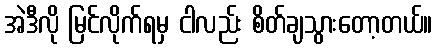
အဲဒီလို မြင်လိုက်ရမှ ငါလည်း စိတ်ချသွားတော့တယ်။